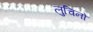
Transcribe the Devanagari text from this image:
लुचिनो